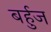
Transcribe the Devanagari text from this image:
बर्हुज